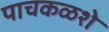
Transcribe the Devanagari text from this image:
पाचकळशे